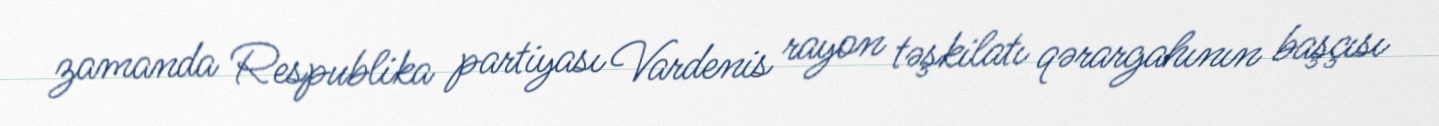
zamanda Respublika partiyası Vardenis rayon təşkilatı qərargahının başçısı